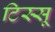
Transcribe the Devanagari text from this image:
टिस्सू